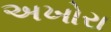
અખોરા